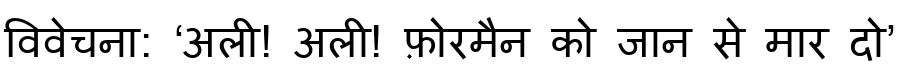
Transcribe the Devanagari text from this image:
विवेचना: ‘अली! अली! फ़ोरमैन को जान से मार दो’